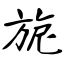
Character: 旎